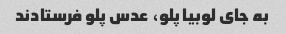
به جای لوبیا پلو، عدس پلو فرستادند